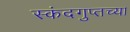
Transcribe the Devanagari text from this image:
स्कंदगुप्तच्या